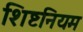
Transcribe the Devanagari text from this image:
शिष्टनियम